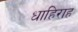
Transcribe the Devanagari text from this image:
धाहिराह